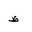
Letter: _za